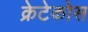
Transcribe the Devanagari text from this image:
क्रेटेकोस